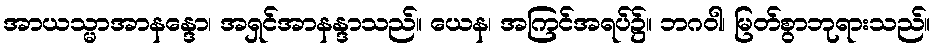
အာယသ္မာအာနန္ဒော၊ အရှင်အာနန္ဒာသည်။ ယေန၊ အကြင်အရပ်၌။ ဘဂဝါ၊ မြတ်စွာဘုရားသည်။